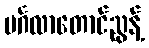
မင်္ဂလာတောင်ညွန့်